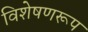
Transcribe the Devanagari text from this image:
विशेषणरूप